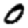
Digit: 0